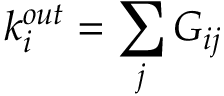
k _ { i } ^ { o u t } = \sum _ { j } G _ { i j }